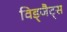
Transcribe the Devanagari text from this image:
विड्जैट्स